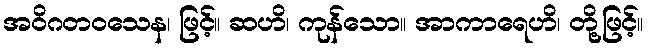
အဝိဂတဝသေန၊ ဖြင့်။ ဆဟိ၊ ကုန်သော။ အာကာရေဟိ၊ တို့ဖြင့်။